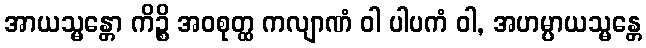
အာယသ္မန္တော ကိဉ္စိ အဝစုတ္ထ ကလျာဏံ ဝါ ပါပကံ ဝါ, အဟမ္ပာယသ္မန္တေ